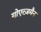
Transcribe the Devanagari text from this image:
गोएत्ज़मैन